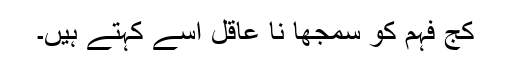
کج فہم کو سمجھا نا عاقل اسے کہتے ہیں۔